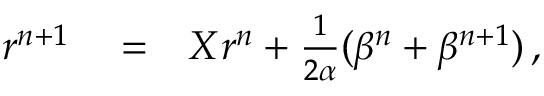
\begin{array} { r l r } { r ^ { n + 1 } } & { { } = } & { X r ^ { n } + \frac { 1 } { 2 \alpha } ( \beta ^ { n } + \beta ^ { n + 1 } ) \, , } \end{array}